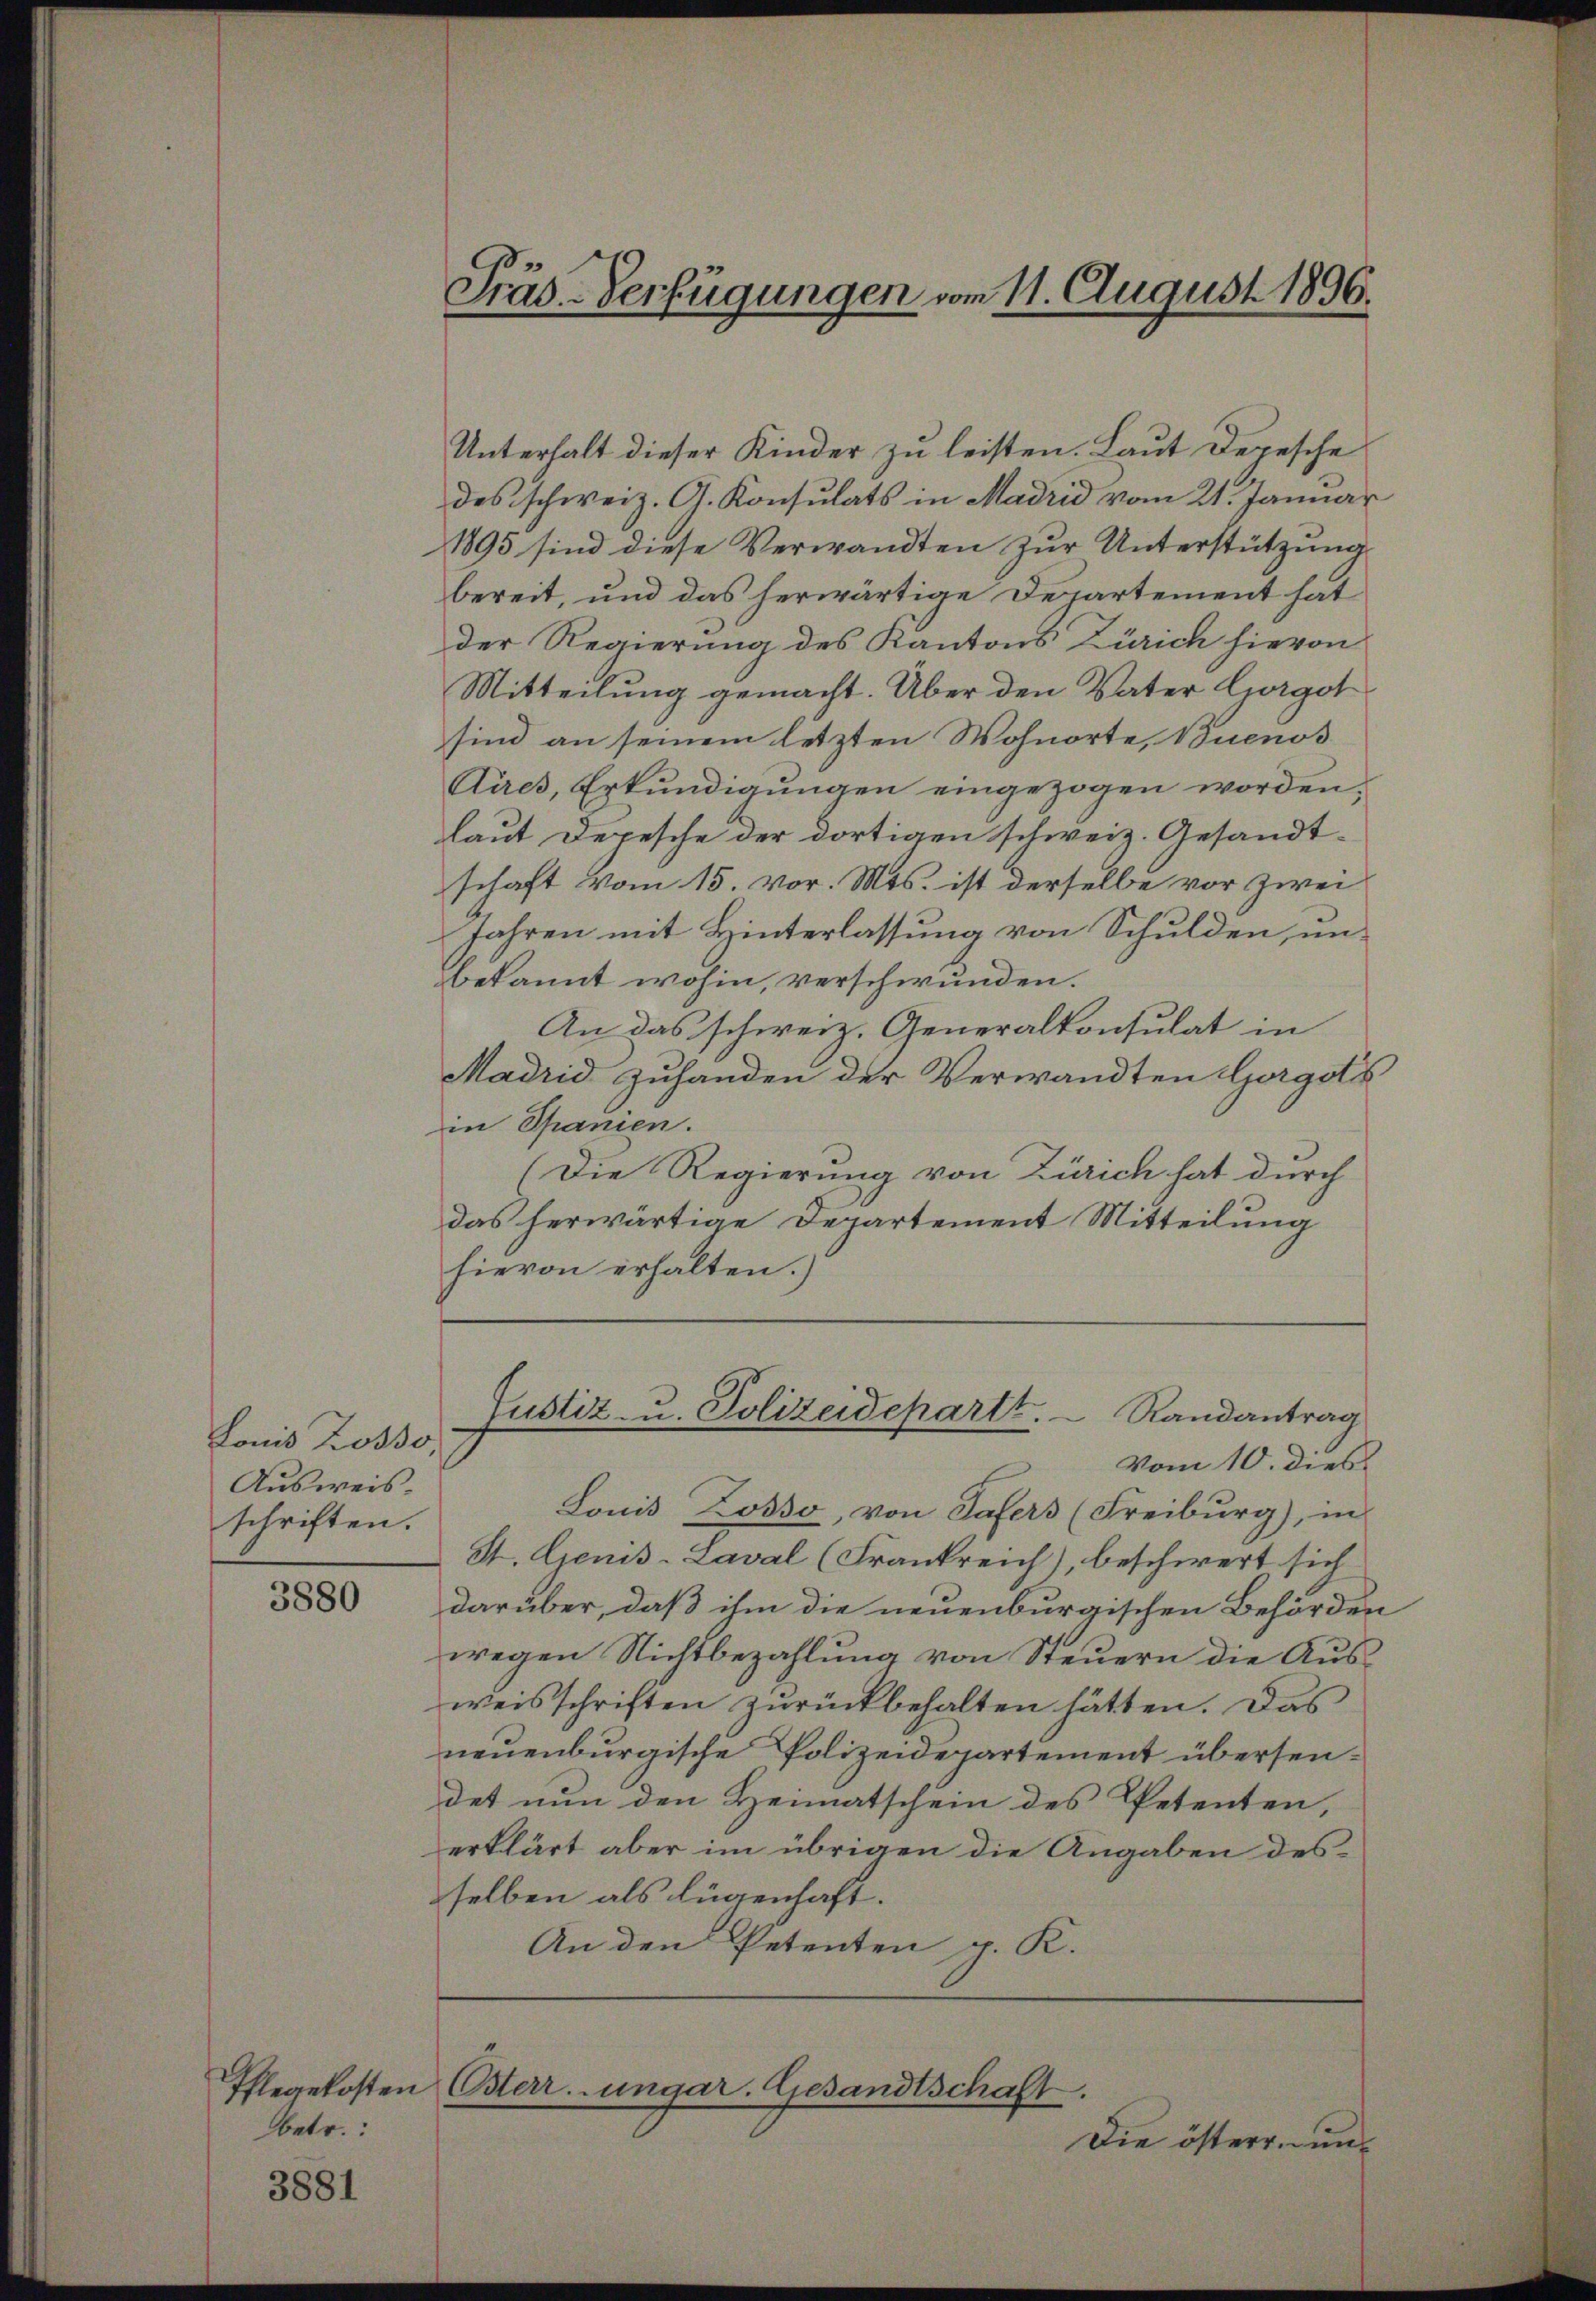
Lonis Losso,
Ausweisschriften.

3880

betr.

3881

Unterhalt dieser Kinder zu leisten. Laut Depesche
des schweiz. G. Konsulats in Madrid vom 21. Januar
1895 sind diese Verwandten zur Unterstützung
bereit, und das herwärtige Departement hat
der Regierung des Kantons Zürich hievon
Mitteilung gemacht. Über den Vater Corgot
sind an seinem letzten Wohnorte, Buenos
Aires, Erkundigungen eingezogen worden,
laut Depesche der dortigen schweiz. Gesandtschaft vom 15. vor. Mts. ist derselbe vor zwei
Jahren mit Hinterlassung von Schulden, unbekannt wohin, verschwunden.
An das schweiz. Generalkonsulat in
Madrid zuhanden der Verwandten Gorgotis
in Spanien.
(Die Regierung von Zürich hat durch
das herwärtige Departement Mitteilung
hievon erhalten.)

Präs-Verfügungen vom 11. August 1896.

Justiz- u. Polizeidepartt.  Randantrag
Vom 10. dies

Ihlegekosten Osterr. ungar. Gesandtschaft
Die österr. un¬

Lonis Losso, von Safers (Freiburg), in
St. Genis-Laval (Frankreich), beschwert sich
darüber, daß ihm die neuenburgischen Behörden
wegen Nichtbezahlung von Steuern die Ausweisschriften zurückbehalten hätten. Das
neuenburgische Polizeidepartement übersendet nun den Heimatschein des Petenten,
erklärt aber im übrigen die Angaben des
selben als lügenhaft.
An den Petenten p. K.